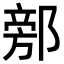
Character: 𨜷